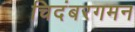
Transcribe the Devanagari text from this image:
चिदंबरगमन